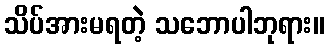
သိပ်အားမရတဲ့ သဘောပါဘုရား။